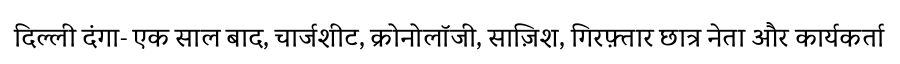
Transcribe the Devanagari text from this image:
दिल्ली दंगा- एक साल बाद, चार्जशीट, क्रोनोलॉजी, साज़िश, गिरफ़्तार छात्र नेता और कार्यकर्ता